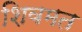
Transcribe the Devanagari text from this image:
शिवमत